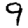
Digit: 9